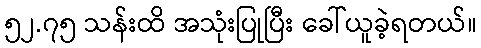
၅၂.၇၅ သန်းထိ အသုံးပြုပြီး ခေါ်ယူခဲ့ရတယ်။